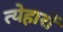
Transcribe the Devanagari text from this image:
त्येहारों